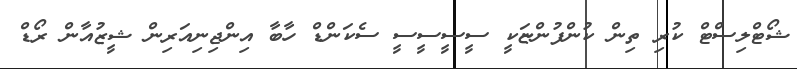
ޝޯޓްލިސްޓް ކުރި ތިން ކުންފުންޏަކީ ސީސީސީސީ ސެކަންޑް ހާބާ އިންޖިނިއަރިން ޝީޒުއާން ރޯޑް